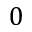
0